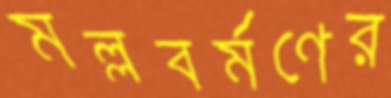
মল্লবর্মণের